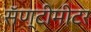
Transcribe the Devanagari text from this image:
सॅण्टीमीटर